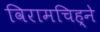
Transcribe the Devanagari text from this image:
विरामचिह्ने